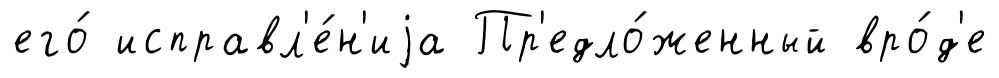
его́ исправл'е́н'иjа Пр'едло́женный вро́д'е